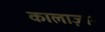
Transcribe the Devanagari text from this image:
कालाज़ार